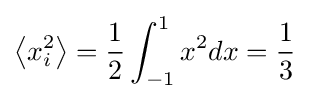
\left\langle x_{i}^{2}\right\rangle ={\frac {1}{2}}\int _{-1}^{1}x^{2}dx={\frac {1}{3}}